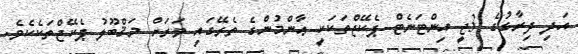
އަދި ދިރާގުގެ 3ޖީ އިންޓަނެޓް ޕެކޭޖްތަކަކީ ޢާންމުންގެ ތެރޭގައި ވަރަށް މަޤްބޫލު ޕެކޭޖްތަކެކެވެ.